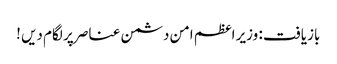
بازیافت : وزیر اعظم امن دشمن عناصر پر لگام دیں !